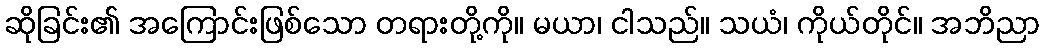
ဆိုခြင်း၏ အကြောင်းဖြစ်သော တရားတို့ကို။ မယာ၊ ငါသည်။ သယံ၊ ကိုယ်တိုင်။ အဘိညာ